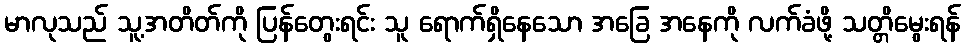
မာလုသည် သူ့အတိတ်ကို ပြန်တွေးရင်း သူ ရောက်ရှိနေသော အခြေ အနေကို လက်ခံဖို့ သတ္တိမွေးရန်